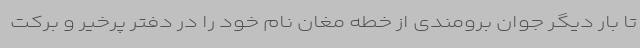
تا بار دیگر جوان برومندی از خطه مغان نام خود را در دفتر پرخیر و برکت